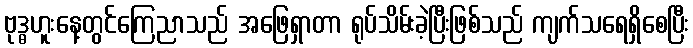
ဗုဒ္ဓဟူးနေ့တွင်ကြေညာသည် အဖြေရှာတာ ရုပ်သိမ်းခဲ့ပြီးဖြစ်သည် ကျက်သရေရှိစေပြီး